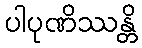
ပါပုဏိဿန္တိ